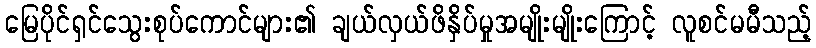
မြေပိုင်ရှင်သွေးစုပ်ကောင်များ၏ ချယ်လှယ်ဖိနှိပ်မှုအမျိုးမျိုးကြောင့် လူစင်မမီသည့်